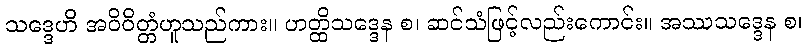
သဒ္ဒေဟိ အဝိဝိတ္တံဟူသည်ကား။ ဟတ္ထိသဒ္ဒေန စ၊ ဆင်သံဖြင့်လည်းကောင်း။ အဿသဒ္ဒေန စ၊